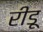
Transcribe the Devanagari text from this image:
रीडू